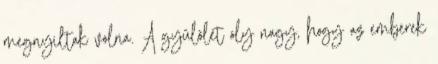
megnyiltak volna. A gyülölet oly nagy, hogy az emberek